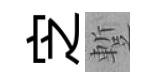
㝎蹔